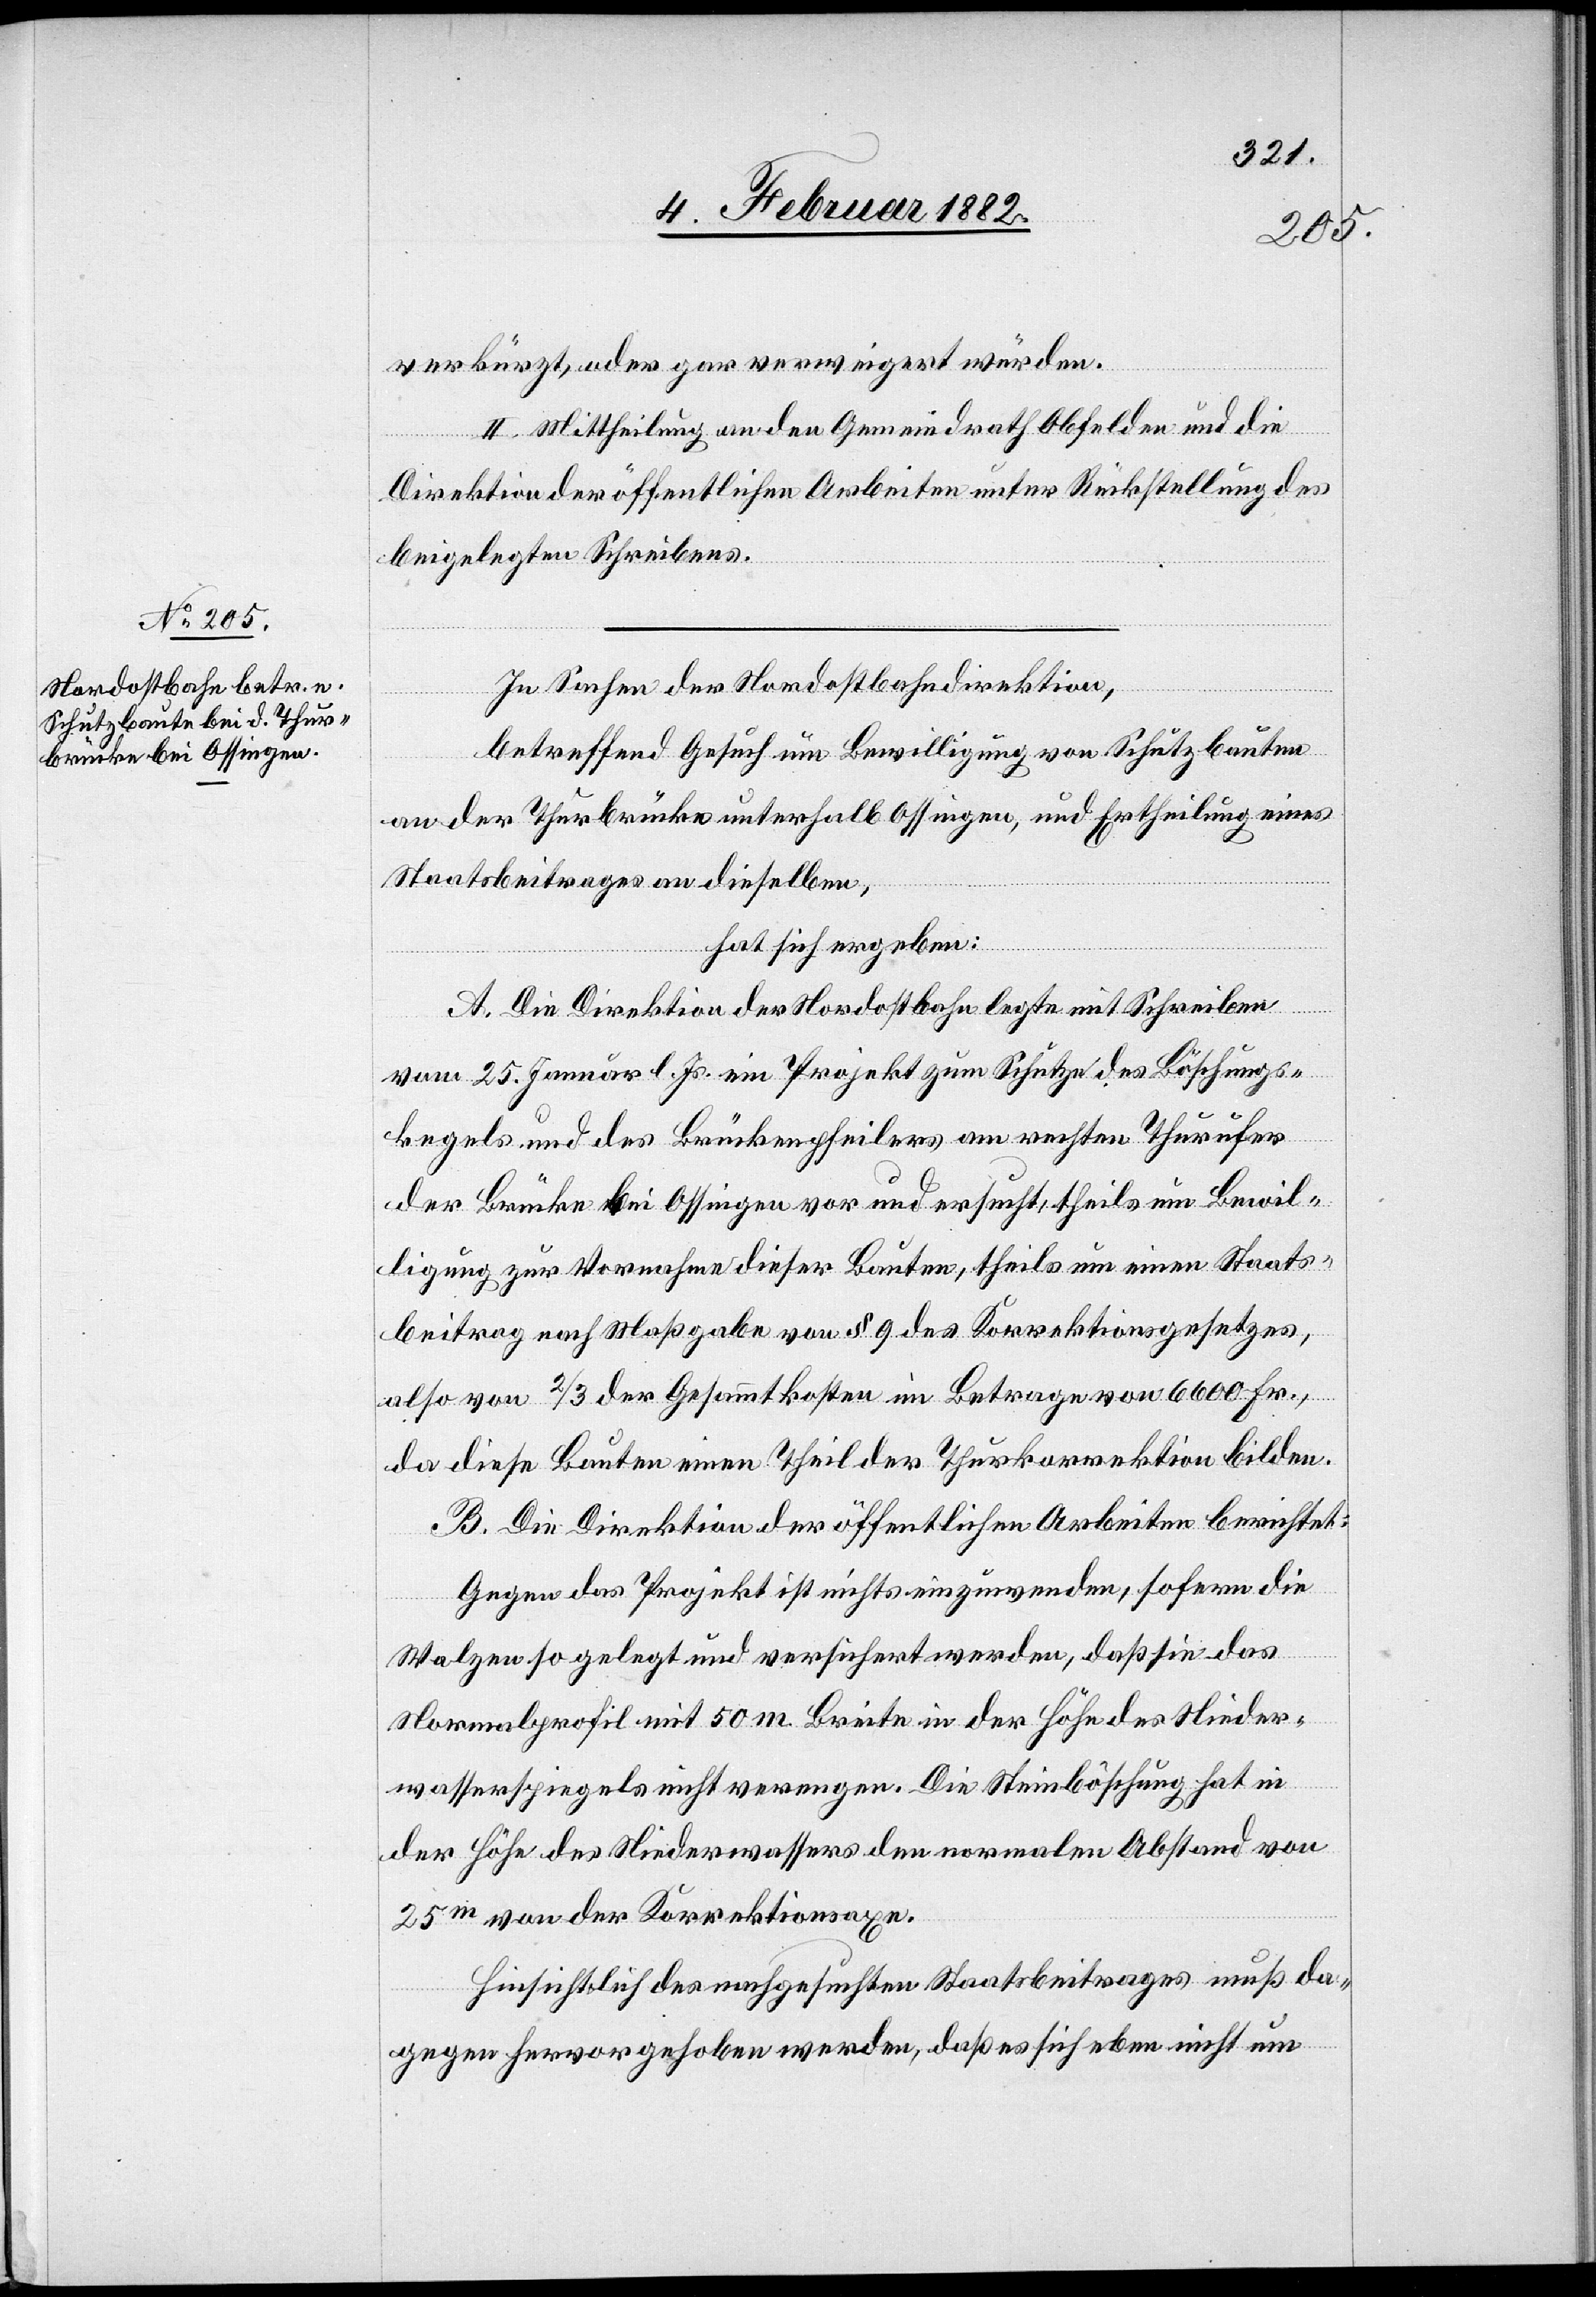
verkürzt, oder gar verweigert würden.
II. Mittheilung an den Gemeindrath Obfelden und die
Direktion der öffentlichen Arbeiten unter Rückstellung des
beigelegten Schreibens.
In Sachen der Nordostbahndirektion,
betreffend Gesuch um Bewilligung von Schutzbauten
an der Thurbrücke unterhalb Ossingen, und Ertheilung eines
Staatsbeitrages an dieselben,
hat sich ergeben:
A. Die Direktion des Nordostbahn legte mit Schreiben
vom 25. Januar l. Js. ein Projekt zum Schutze des Böschungs¬
kegels und des Brückenpfeilers am ersten Thurufer
der Brücke bei Ossingen vor und ersucht, theils um Bewil¬
ligung zur Vornahme dieser Bauten, theils um einen Staats¬
beitrag nach Maßgabe von § 9 de Korrektionsgesetzes,
also von 2/3 der Gesammtkosten im Betrage vom 6600 Fr.,
da diese Bauten einen Theil der Thurkorrektion bilden.
B. Die Direktion der öffentlichen Arbeiten berichtet:
Gegen das Projekt ist nichts einzuwenden, sofern die
Walzen so gelegt und versichert werden, daß sie das
Normalprofil mit 50 m Breite in der Höhe des Nieder¬
wasserspiegels nicht verengen. Die Steinböschung hat in
der Höhe des Niederwassers den normalen Abstand von
25 m von der Korrektionsaxe.
Hinsichtlich des nachgesuchten Staatsbeitrages muß da¬
gegen hervorgehoben werden, daß es sich eben nicht um